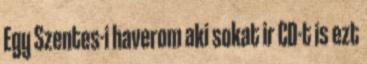
Egy Szentes-i haverom aki sokat ir CD-t is ezt